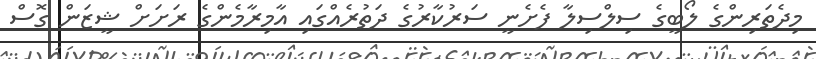
މިދެތަރިންގެ ލޯބީގެ ސިލްސިލާ ފެށެނީ ސަރުކާރުގެ ދަތުރެއްގައި އާމިރާމެންގެ ރަށަށް ޝީޒަން ގޮސް